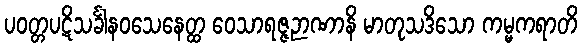
ပဝတ္တပဋိသင်္ခါနဝသေနေတ္ထ ဝေသာရဇ္ဇဉာဏာနိ မာတုသဒိသော ကမ္မကရာတိ